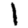
Digit: 1